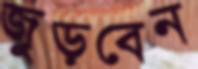
জুড়বেন